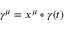
\gamma ^ { \mu } = x ^ { \mu } \circ \gamma ( t )